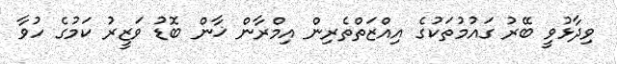
ވިދާޅުވީ ބޭރު ގައުމުތަކުގެ އިއްޒަތްތެރިން އިމްރާން ޚާން ބޮޑު ވަޒީރު ކަމުގެ ހުވާ